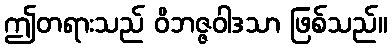
ဤတရားသည် ဝိဘဇ္ဇဝါဒသာ ဖြစ်သည်။